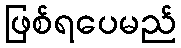
ဖြစ်ရပေမည်